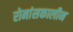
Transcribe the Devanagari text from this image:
रोमांसकालीन